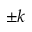
\pm k